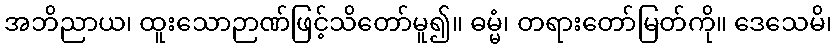
အဘိညာယ၊ ထူးသောဉာဏ်ဖြင့်သိတော်မူ၍။ ဓမ္မံ၊ တရားတော်မြတ်ကို။ ဒေသေမိ၊